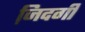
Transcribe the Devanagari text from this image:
जि़दगी